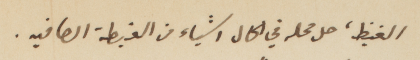
الغيظ، حل محله في الحال اشياء من الغبطة الصافيه.